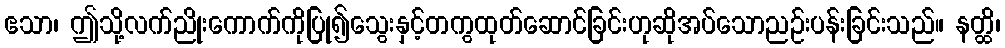
ဧသာ၊ ဤသို့လက်ညိုးကောက်ကိုပြု၍သွေးနှင့်တကွထုတ်ဆောင်ခြင်းဟုဆိုအပ်သောညဉ်းပန်းခြင်းသည်။ နတ္ထိ၊